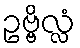
ဥဗ္ဗိလ္လံ